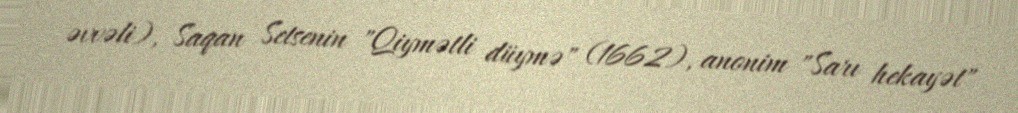
əvvəli), Saqan Setsenin "Qiymətli düymə" (1662), anonim "Sarı hekayət"